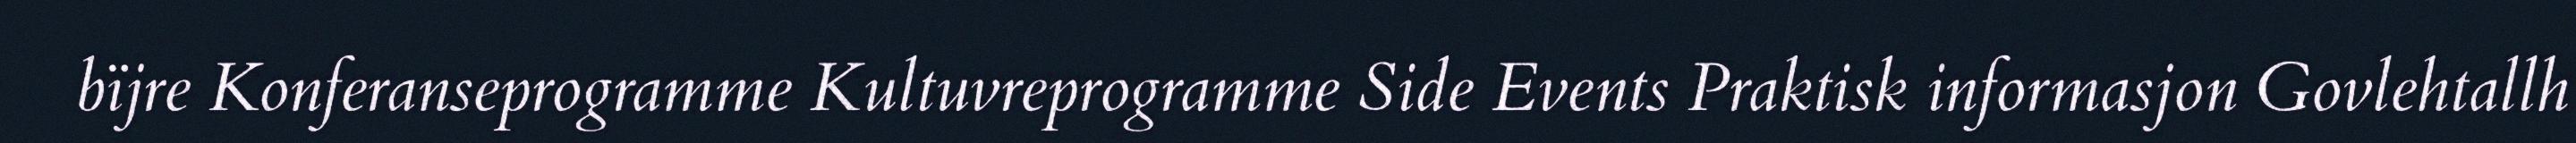
bïjre Konferanseprogramme Kultuvreprogramme Side Events Praktisk informasjon Govlehtallh